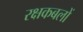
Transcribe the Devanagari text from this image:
रक्षकबलों